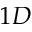
1 D